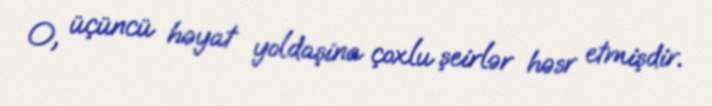
O, üçüncü həyat yoldaşina çoxlu şeirlər həsr etmişdir.